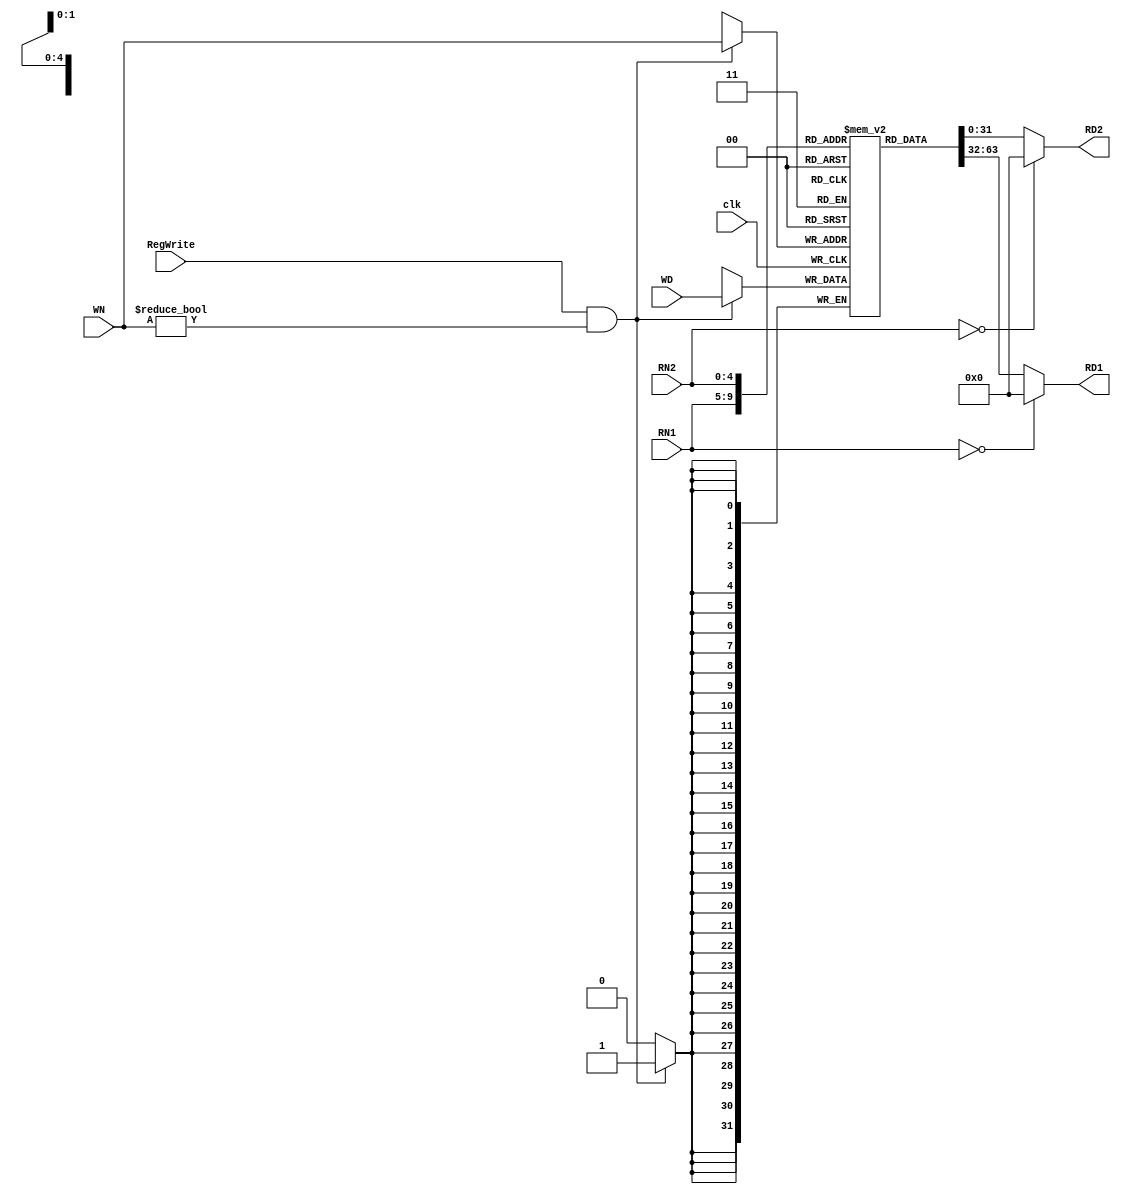
//-----------------------------------------------------------------------------
// Title         : Register File (32 32-bit registers)
// Project       : Computer Organization
//-----------------------------------------------------------------------------
//-----------------------------------------------------------------------------
// Description :
//   Behavioral model of the register file  used in the implementations of the MIPS
//   processor subset described in Ch. 5-6 of "Computer Organization and Design, 3rd ed."
//   by David Patterson & John Hennessey, Morgan Kaufmann, 2004 (COD3e).  
//
//   It implements the function specified in Fig 5-7 on p. 295 of COD3e.
//
//-----------------------------------------------------------------------------

module reg_file(clk, RegWrite, RN1, RN2, WN, RD1, RD2, WD);
  input clk;
  input RegWrite;
  input [4:0] RN1, RN2, WN;
  input [31:0] WD;
  output [31:0] RD1, RD2;

  reg [31:0] RD1, RD2;
  reg [31:0] file_array [31:1];

  always @(RN1 or file_array[RN1])
  begin   
    if (RN1 == 0) RD1 = 32'd0;
    else RD1 = file_array[RN1];
    $display($time, " reg_file[%d] => %d (Port 1)", RN1, RD1);
  end

  always @(RN2 or file_array[RN2])
  begin
    if (RN2 == 0) RD2 = 32'd0;
    else RD2 = file_array[RN2];
    $display($time, " reg_file[%d] => %d (Port 2)", RN2, RD2);
  end

  always @(posedge clk) 
    if (RegWrite && (WN != 0))
    begin
      file_array[WN] <= WD;
      $display($time, " reg_file[%d] <= %d (Write)", WN, WD);
    end
  
  initial begin
    $dumpfile("final-project-fibonacci.vcd");
    $dumpvars(1, file_array[1],
      file_array[2],
      file_array[3],
      file_array[4],
      file_array[5],
      file_array[6],
      file_array[7],
      file_array[8],
      file_array[9],
      file_array[10],
      file_array[11],
      file_array[12],
      file_array[13],
      file_array[14],
      file_array[15],
      file_array[16],
      file_array[17],
      file_array[18],
      file_array[19],
      file_array[20],
      file_array[21],
      file_array[22],
      file_array[23],
      file_array[24],
      file_array[25],
      file_array[26],
      file_array[27],
      file_array[28],
      file_array[29],
      file_array[30],
      file_array[31]);
  end
endmodule